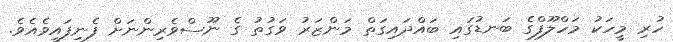
ހުރި މީހަކު މަހްލޫފްގެ ބަނޑުގައި ބައްދައިގަތް މަންޒަރު ވަގުތު ގެ ނޫސްވެރިންނަށް ފެނިފައިވެއެވެ.